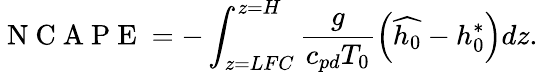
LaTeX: \mathrm{~N~C~A~P~E~}=-\int_{z=LFC}^{z=H}\frac{g}{c_{pd}T_{0}}\left(\widehat{h_{0}}-h_{0}^{*}\right)dz.